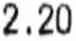
2.20